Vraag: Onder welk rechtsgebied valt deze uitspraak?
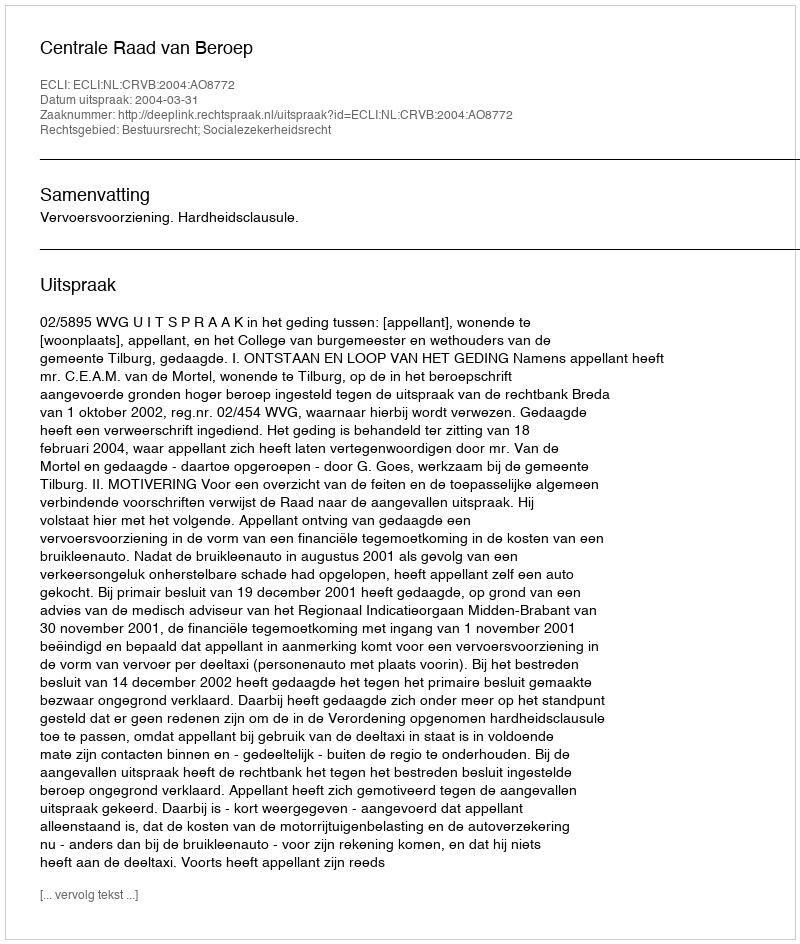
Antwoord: Bestuursrecht; Socialezekerheidsrecht